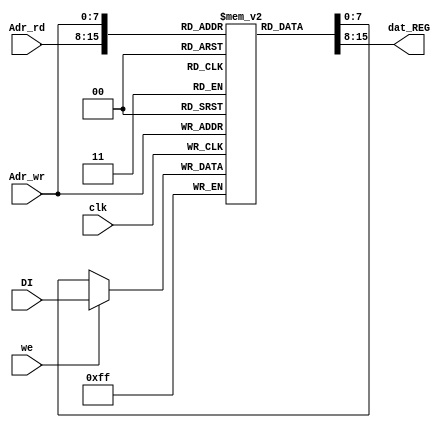
`timescale 1ns / 1ps
//////////////////////////////////////////////////////////////////////////////////
// Company: 
// Engineer: 
// 
// Design Name: 
// Module Name:    regblock 
// Project Name: 
// Target Devices: 
// Tool versions: 
// Description: 
//
// Dependencies: 
//
// Revision: 
// Revision 0.01 - File Created
// Additional Comments: 
//
//////////////////////////////////////////////////////////////////////////////////
module REG_BL(
	input clk,
	output wire [7:0] dat_REG, // 
	input we, // 
	input [7:0] DI, // 
	input [7:0] Adr_wr, // 
	input [7:0] Adr_rd // 
);

reg [7:0] MEM[255:0]; // 
assign dat_REG = MEM[Adr_rd]; //  (256 )

always @(posedge clk) begin
	MEM[Adr_wr] <= we?  DI: MEM[Adr_wr]; //  we=1   clk
end

endmodule